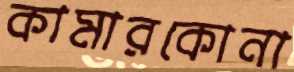
কামারকোনা